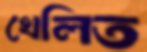
খেলিত